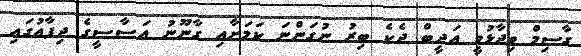
ގާސިމް ވިދާޅުވީ އަދީބް ދެކެ ބިރު ނުގަންނަ ކަމަށާއި ގާނޫނު އަސާސީގެ ދިފާއުގައި